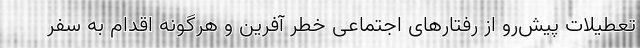
تعطیلات پیش‌رو از رفتارهای اجتماعی خطر آفرین و هرگونه اقدام به سفر